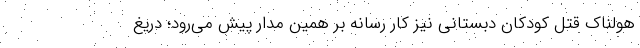
هولناک قتل کودکان دبستانی نیز کار رسانه بر همین مدار پیش می‌رود؛ دریغ